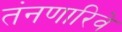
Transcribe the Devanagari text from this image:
तंनणारिवे